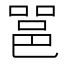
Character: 𮟹